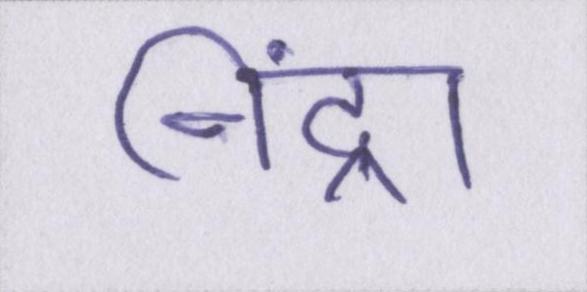
निंद्रा